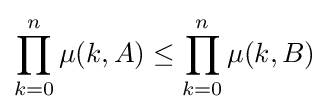
\prod _{k=0}^{n}\mu (k,A)\leq \prod _{k=0}^{n}\mu (k,B)